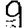
Digit: 9